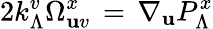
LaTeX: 2k_{\Lambda}^{v}\Omega_{\mathbf{u}v}^{x}\, =\, \nabla_{\mathbf{u}}P_{\Lambda}^{x}